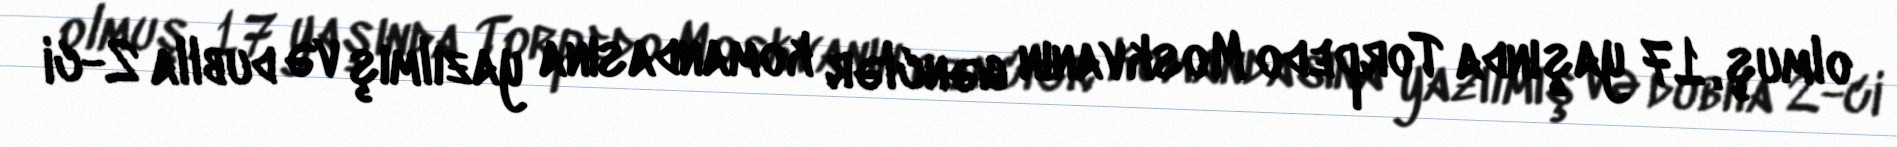
olmuş, 17 yaşında Torpedo Moskvanın gənclər komandasına yazılmış və dublla 2-ci